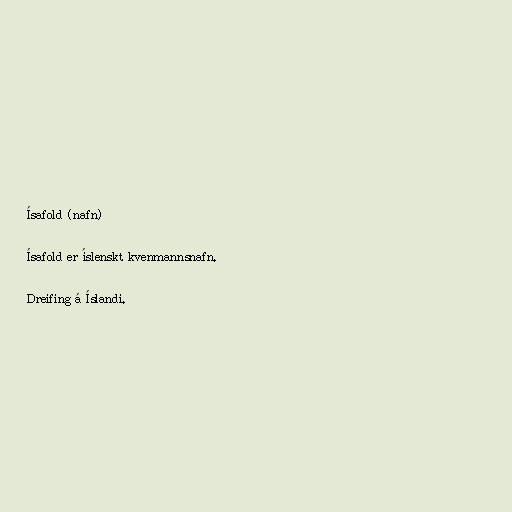
Ísafold (nafn)

Ísafold er íslenskt kvenmannsnafn.

Dreifing á Íslandi.